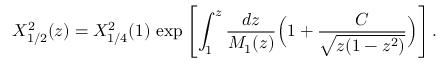
X _ { 1 / 2 } ^ { 2 } ( z ) = X _ { 1 / 4 } ^ { 2 } ( 1 ) \, \exp \left[ \int _ { 1 } ^ { z } { \frac { d z } { M _ { 1 } ( z ) } } \Bigl ( 1 + { \frac { C } { \sqrt { z ( 1 - z ^ { 2 } ) } } } \Bigr ) \right] .